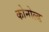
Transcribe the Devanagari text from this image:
कोनोल्ड